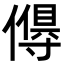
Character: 𬿸